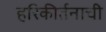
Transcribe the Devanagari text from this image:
हरिकीर्तनाची